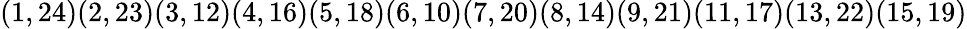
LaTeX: (1,24)(2,23)(3,12)(4,16)(5,18)(6,10)(7,20)(8,14)(9,21)(11,17)(13,22)(15,19)